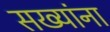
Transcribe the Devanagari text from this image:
सख्यांना